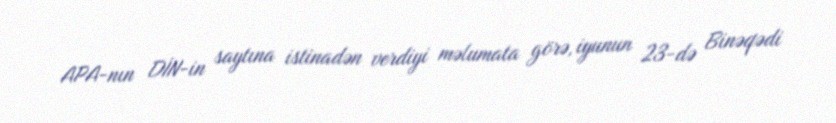
APA-nın DİN-in saytına istinadən verdiyi məlumata görə, iyunun 23-də Binəqədi